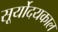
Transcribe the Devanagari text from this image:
सूर्योदयकाल